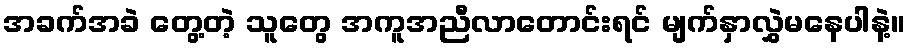
အခက်အခဲ တွေ့တဲ့ သူတွေ အကူအညီလာတောင်းရင် မျက်နှာလွှဲမနေပါနဲ့။